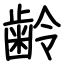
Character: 齢